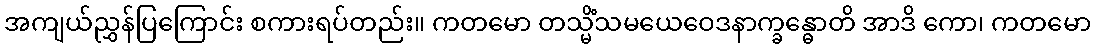
အကျယ်ညွှန်ပြကြောင်း စကားရပ်တည်း။ ကတမော တသ္မိံသမယေဝေဒနာက္ခန္ဓောတိ အာဒိ ကော၊ ကတမော